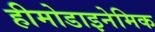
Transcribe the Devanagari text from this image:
हीमोडाइनेमिक